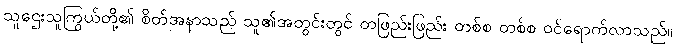
သူဌေးသူကြွယ်တို့၏ စိတ်အနာသည် သူ၏အတွင်းတွင် တဖြည်းဖြည်း တစ်စ တစ်စ ဝင်ရောက်လာသည်။